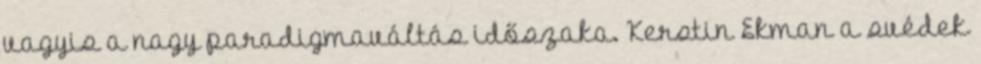
vagyis a nagy paradigmaváltás időszaka. Kerstin Ekman a svédek